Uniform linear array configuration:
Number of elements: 8
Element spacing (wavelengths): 0.25
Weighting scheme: blackman
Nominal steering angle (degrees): -60
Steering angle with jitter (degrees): -60.312
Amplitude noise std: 0.05
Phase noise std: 0.05

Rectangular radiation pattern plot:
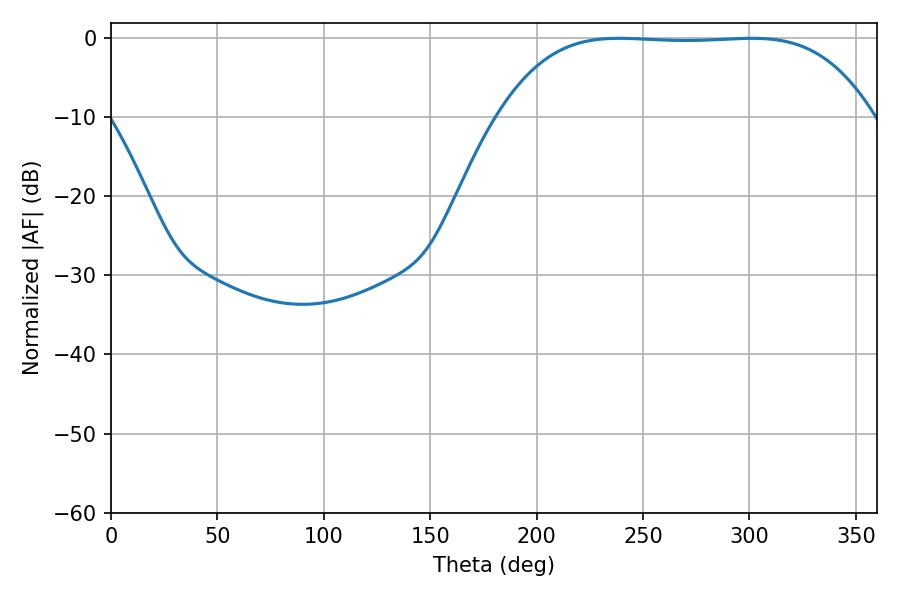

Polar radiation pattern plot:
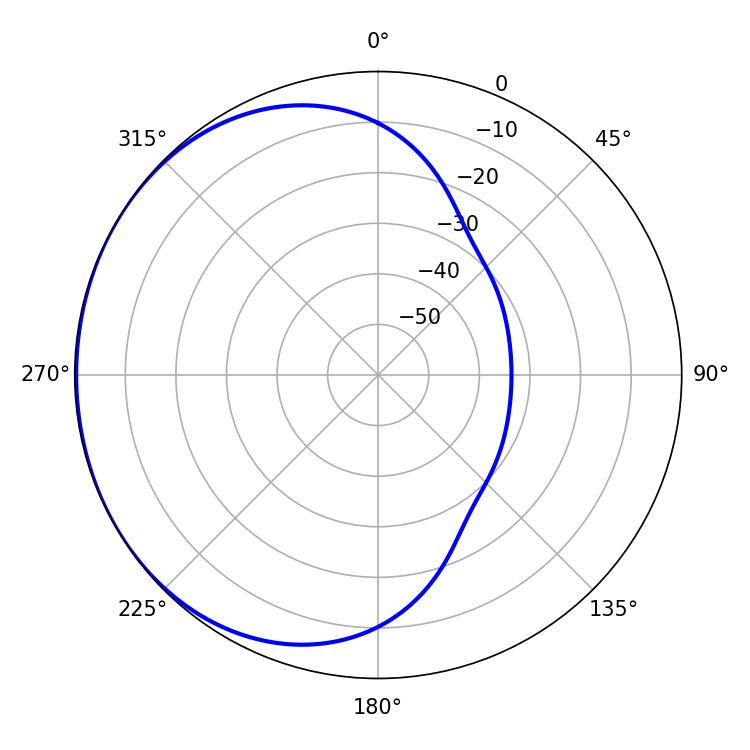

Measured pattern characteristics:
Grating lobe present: FALSE
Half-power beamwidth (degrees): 135
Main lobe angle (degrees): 238.86